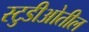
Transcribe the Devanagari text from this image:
स्टुडीओतील